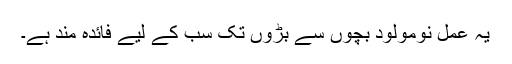
یہ عمل نومولود بچوں سے بڑوں تک سب کے لیے فائدہ مند ہے۔